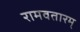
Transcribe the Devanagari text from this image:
रामवतारम्‌